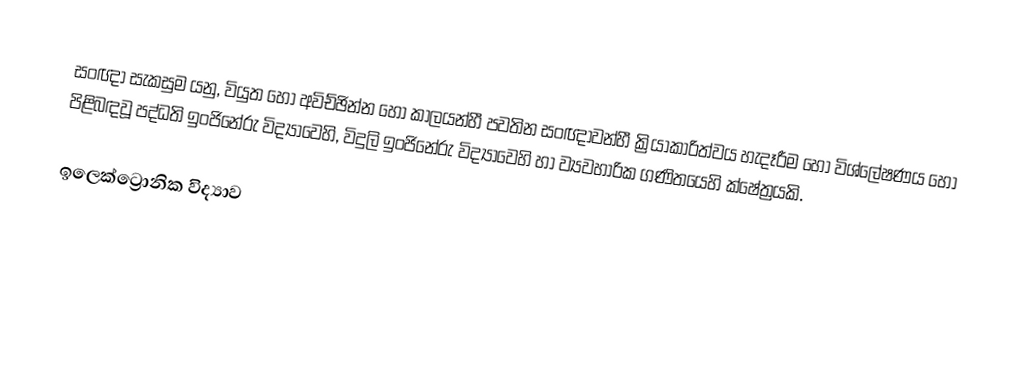
සංඥා සැකසුම යනු, වියුත හෝ අවිච්ඡින්න හෝ කාලයන්හී පවතින සංඥාවන්හී ක්‍රියාකාරිත්වය හැදෑරීම හෝ විශ්ලේෂණය හෝ පිළිබඳවූ    පද්ධති ඉංජිනේරු විද්‍යාවෙහි,  විදුලි ඉංජිනේරු විද්‍යාවෙහි හා  ව්‍යවහාරික ගණිතයෙහි ක්ෂේත්‍රයකි.

ඉලෙක්ට්‍රොනික විද්‍යාව